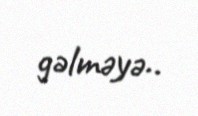
gəlməyə..